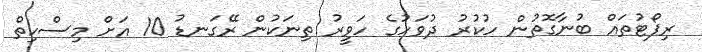
ރިޕޯޓުތައް ބުނާގޮތުން ހުކުރު ދުވަހުގެ ހަވީރު ތިނަކުން ރޭގަނޑު 10 އަށް މިސްކިތް